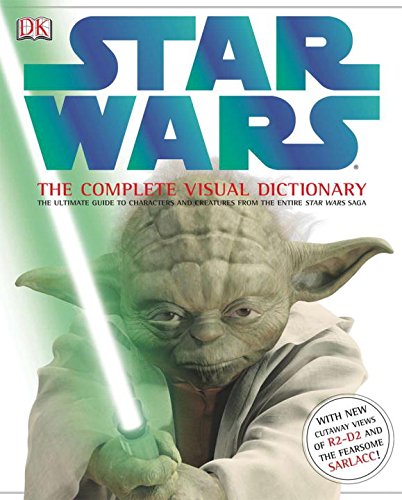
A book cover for Star Wars: The Complete Visual Dictionary - The Ultimate Guide to Characters and Creatures from the Entire Star Wars Saga; David West Reynolds; Children's Books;